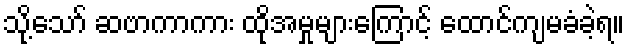
သို့သော် ဆဗာကာကား ထိုအမှုများကြောင့် ထောင်ကျမခံခဲ့ရ။